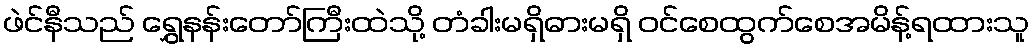
ဖဲင်နီသည် ရွှေနန်းတော်ကြီးထဲသို့ တံခါးမရှိဓားမရှိ ဝင်စေထွက်စေအမိန့်ရထားသူ